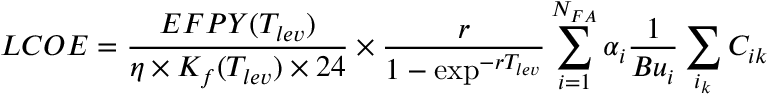
L C O E = \frac { E F P Y ( T _ { l e v } ) } { \eta \times K _ { f } ( T _ { l e v } ) \times 2 4 } \times \frac { r } { 1 - \exp ^ { - r T _ { l e v } } } \sum _ { i = 1 } ^ { N _ { F A } } \alpha _ { i } \frac { 1 } { B u _ { i } } \sum _ { i _ { k } } C _ { i k }